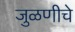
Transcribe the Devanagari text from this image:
जुळणीचे